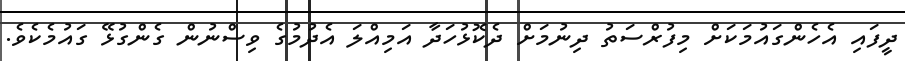
ދީފައި އެހެންގައުމަކަށް މިފުރްސަތު ދިނުމަށް ދެކޮޅުހަދާ އަމިއްލަ އެދުމުގެ ވިސްނުން ގެންގުޅޭ ގައުމެކެވެ.